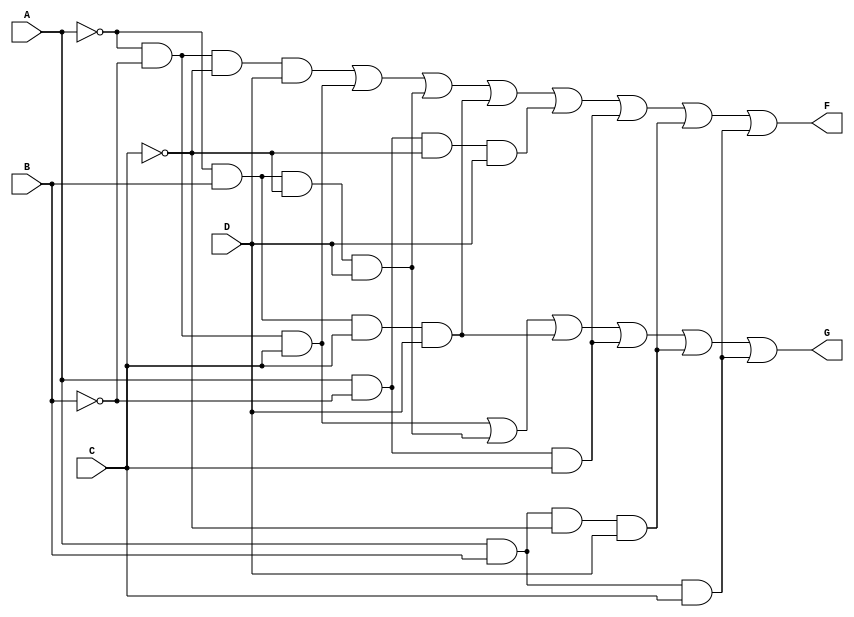
module combinational_logic (
    input wire A,
    input wire B,
    input wire C,
    input wire D,
    output wire F,
    output wire G
);

// Intermediate signals for simplification
wire A_not, B_not, C_not, D_not;
wire term1, term2, term3, term4, term5, term6, term7, term8;

// Invert inputs
not (A_not, A);
not (B_not, B);
not (C_not, C);
not (D_not, D);

// Logic for output F
assign term1 = A_not & B_not & C_not & D;  // A'B'C'D
assign term2 = A_not & B_not & C;           // A'B'C
assign term3 = A_not & B & C_not & D;       // A'BC'D
assign term4 = A_not & B & C & D;           // A'BCD
assign term5 = A & B_not & C_not & D;       // AB'C'D
assign term6 = A & B_not & C;                // AB'C
assign term7 = A & B & C_not & D;           // ABC'D
assign term8 = A & B & C;                    // ABC
assign F = term1 | term2 | term3 | term4 | term5 | term6 | term7 | term8;

// Logic for output G
assign G = (A_not & B_not & C) | 
           (A_not & B & C_not & D) | 
           (A_not & B & C & D) | 
           (A & B_not & C) | 
           (A & B & C_not & D) | 
           (A & B & C);

// End of module
endmodule